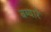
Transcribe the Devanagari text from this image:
बग्यारे